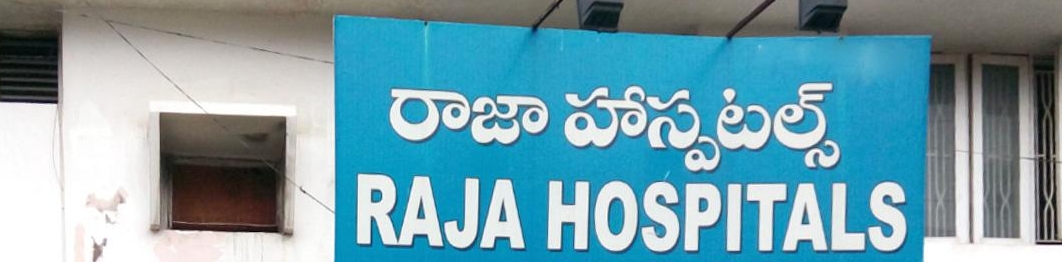
Language: telugu
Transcription: హస్పటల్స్ రాజా